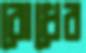
বোধের